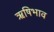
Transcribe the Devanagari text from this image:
ऋषिभाव